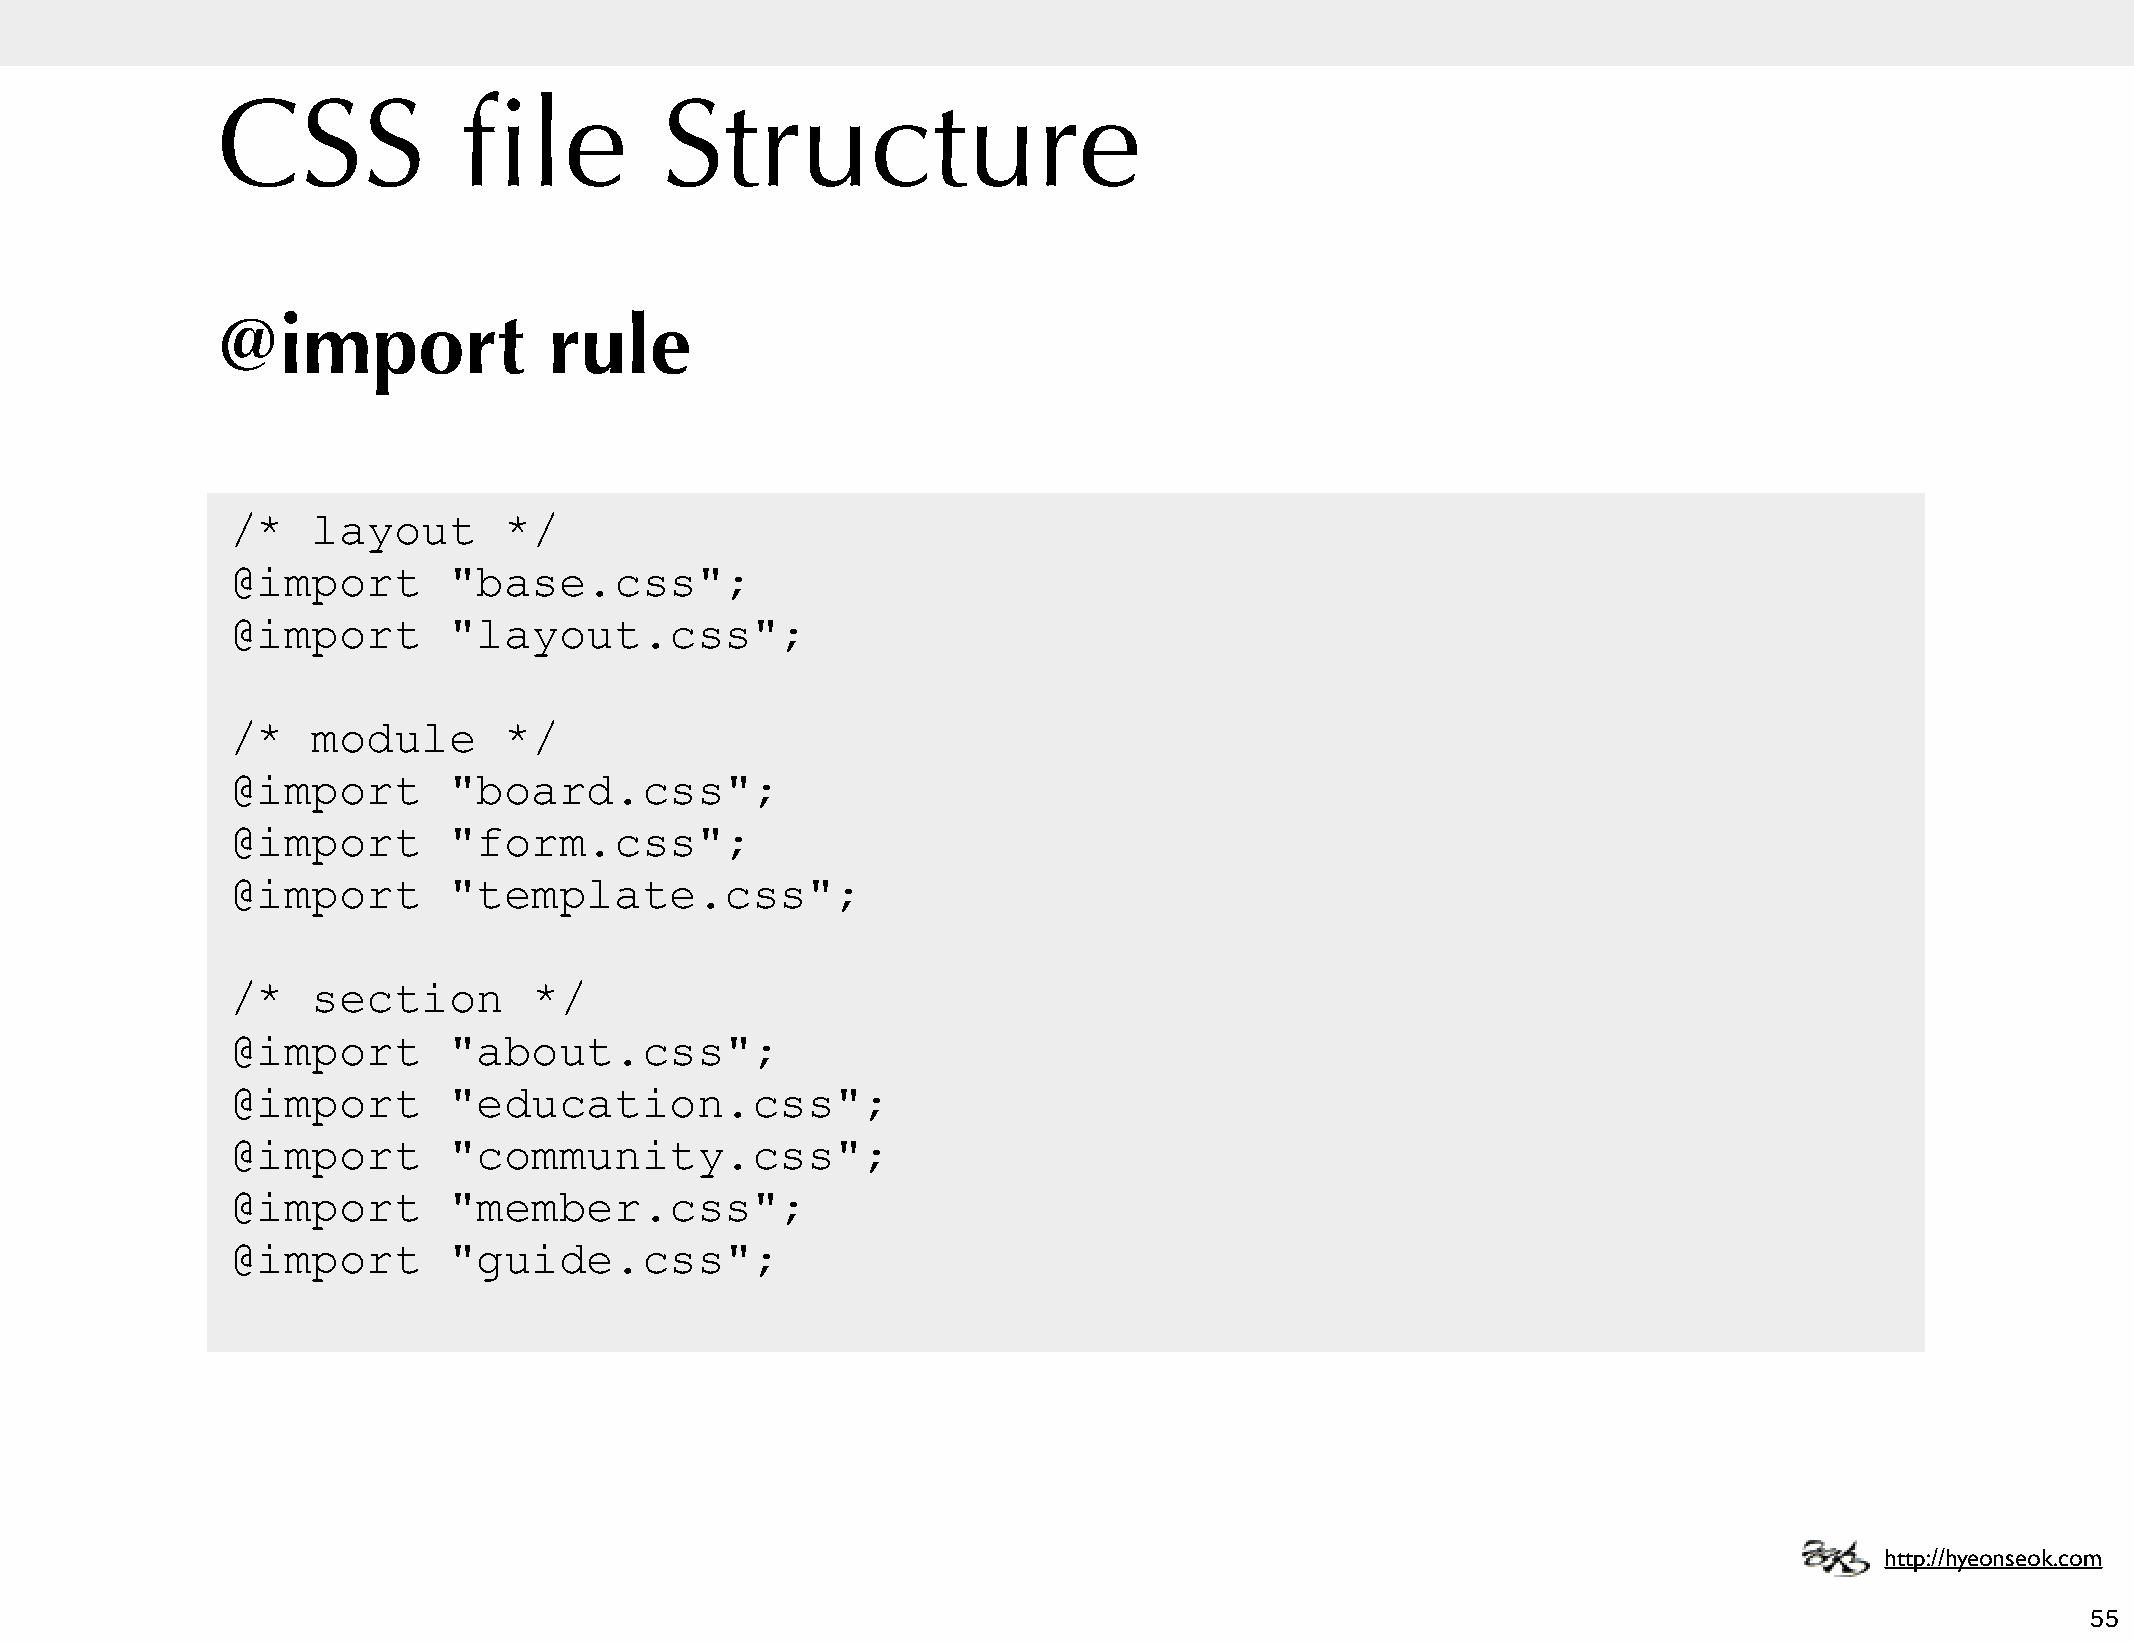
CSS             file          Structure
 @import               rule
 /*    layout      */
 @import        "base.css";
 @import        "layout.css";
 /*    module      */
 @import        "board.css";
 @import        "form.css";
 @import        "template.css";
 /*    section       */
 @import        "about.css";
 @import        "education.css";
 @import        "community.css";
 @import        "member.css";
 @import        "guide.css";
 http://hyeonseok.com
 55